Mental hospitals Bombay report 1921-28 - 1921-1928
Year: 1921
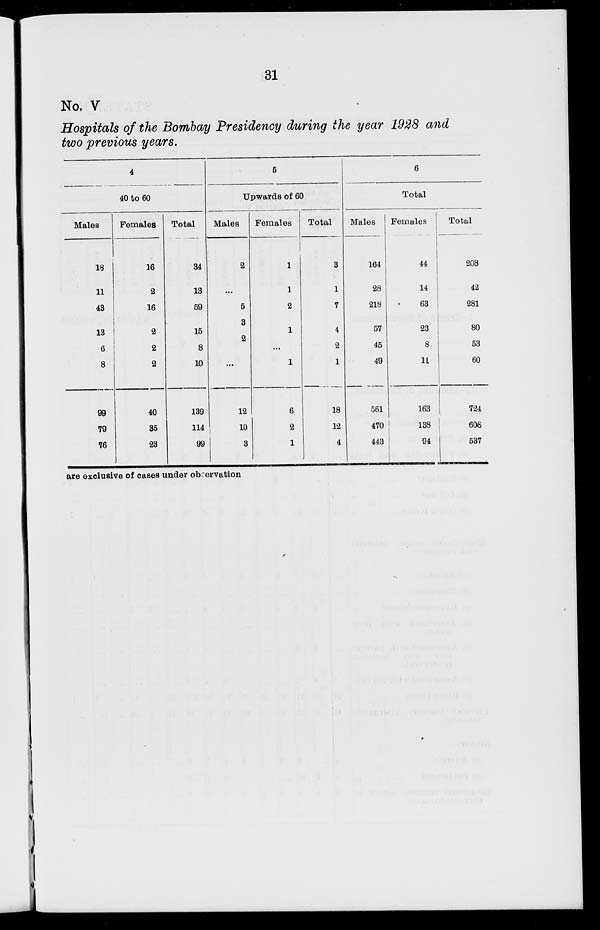
31
No. V
Hospitals of the Bombay Presidency during the year 1928 and
two previous years.
4
40 to 60
Males
18
11
43
13
6
8
99
79
76
Females
16
2
16
2
2
2
40
35
23
Total
34
13
59
15
8
10
139
114
99
5
Upwards of 60
Males
2
...
5
3
2
...
12
10
3
Females
1
1
2
1
...
1
6
2
1
Total
3
1
7
4
2
1
18
12
4
6
Total
Males
164
28
218
57
45
49
561
470
443
Females
44
14
63
23
8
11
163
138
94
Total
208
42
281
80
53
60
724
608
537
are exclusive of cases under observation